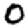
Digit: 0